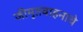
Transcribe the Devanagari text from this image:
जीमूतवाहनाचे